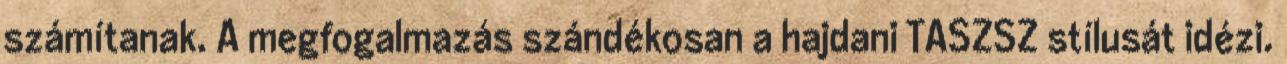
számítanak. A megfogalmazás szándékosan a hajdani TASZSZ stílusát idézi.